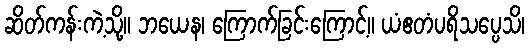
ဆိတ်ကန်းကဲ့သို့။ ဘယေန၊ ကြောက်ခြင်းကြောင့်။ ယံဧတံပရိသပ္ပေသိ၊